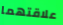
علاقتهما